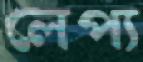
লেপ্য